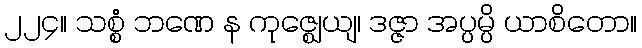
၂၂၄။ သစ္စံ ဘဏေ န ကုဇ္ဈေယျ၊ ဒဇ္ဇာ အပ္ပမ္ပိ ယာစိတော။